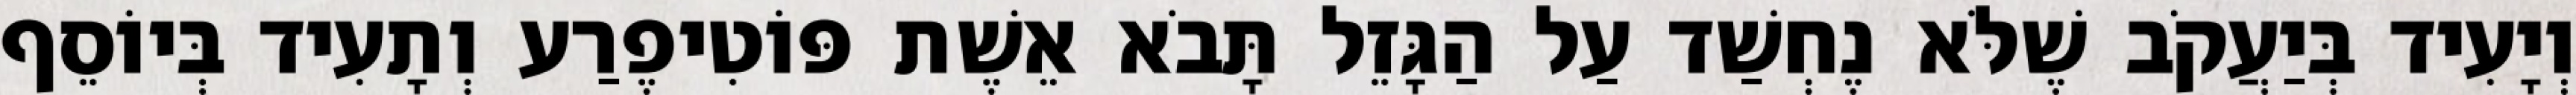
וְיָעִיד בְּיַעֲקֹב שֶׁלֹּא נֶחְשַׁד עַל הַגָּזֵל תָּבֹא אֵשֶׁת פּוֹטִיפֶרַע וְתָעִיד בְּיוֹסֵף